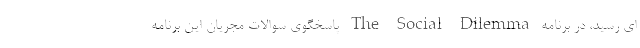
ای رسید، در برنامه The Social Dilemma پاسخگوی سوالات مجریان این برنامه